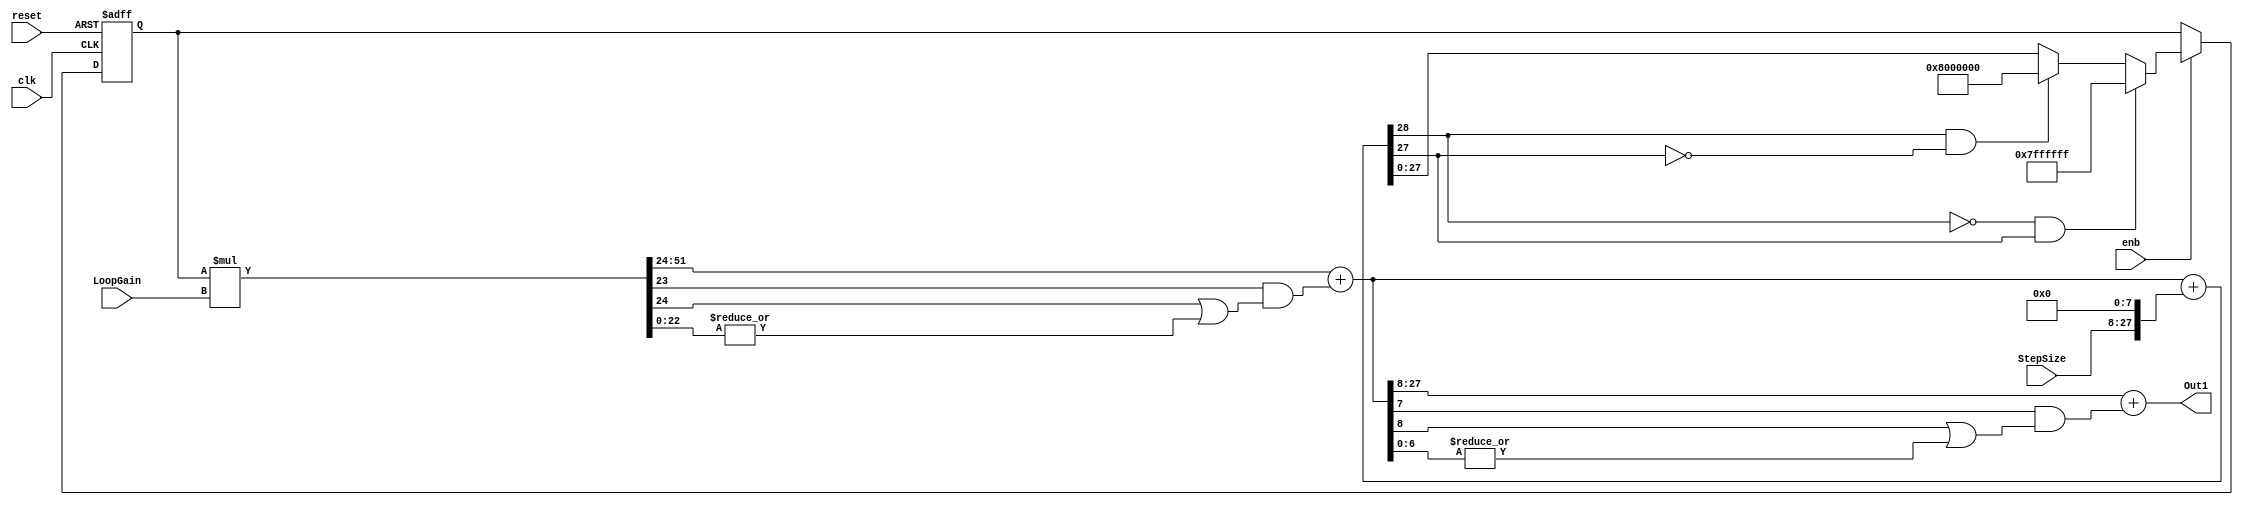
// -------------------------------------------------------------
// 
// 
// Generated by MATLAB 9.11 and HDL Coder 3.19
// 
// -------------------------------------------------------------


// -------------------------------------------------------------
// 
// Module: Integrator_gain_0_99_block
// Source Path: adpcm_precision_study/ADPCM_ECD/adpcm encoder2/ADPCM Decoder/Integrator -- gain = 0.99
// Hierarchy Level: 3
// 
// -------------------------------------------------------------

`timescale 1 ns / 1 ns

module Integrator_gain_0_99_block
          (clk,
           reset,
           enb,
           StepSize,
           LoopGain,
           Out1);


  input   clk;
  input   reset;
  input   enb;
  input   signed [19:0] StepSize;  // sfix20_En16
  input   signed [27:0] LoopGain;  // sfix28_En24
  output  signed [19:0] Out1;  // sfix20_En16


  wire signed [27:0] Data_Type_Conversion_out1;  // sfix28_En24
  wire signed [27:0] Product_out1;  // sfix28_En24
  wire signed [28:0] Sum2_add_cast;  // sfix29_En24
  wire signed [28:0] Sum2_add_cast_1;  // sfix29_En24
  wire signed [28:0] Sum2_add_temp;  // sfix29_En24
  wire signed [27:0] Sum2_out1;  // sfix28_En24
  reg signed [27:0] Delay_out1;  // sfix28_En24
  wire signed [55:0] Product_mul_temp;  // sfix56_En48
  wire signed [19:0] Data_Type_Conversion1_out1;  // sfix20_En16


  assign Data_Type_Conversion_out1 = {StepSize, 8'b00000000};



  assign Sum2_add_cast = {Product_out1[27], Product_out1};
  assign Sum2_add_cast_1 = {Data_Type_Conversion_out1[27], Data_Type_Conversion_out1};
  assign Sum2_add_temp = Sum2_add_cast + Sum2_add_cast_1;
  assign Sum2_out1 = ((Sum2_add_temp[28] == 1'b0) && (Sum2_add_temp[27] != 1'b0) ? 28'sb0111111111111111111111111111 :
              ((Sum2_add_temp[28] == 1'b1) && (Sum2_add_temp[27] != 1'b1) ? 28'sb1000000000000000000000000000 :
              $signed(Sum2_add_temp[27:0])));



  always @(posedge clk or posedge reset)
    begin : Delay_process
      if (reset == 1'b1) begin
        Delay_out1 <= 28'sb0000000000000000000000000000;
      end
      else begin
        if (enb) begin
          Delay_out1 <= Sum2_out1;
        end
      end
    end



  assign Product_mul_temp = Delay_out1 * LoopGain;
  assign Product_out1 = Product_mul_temp[51:24] + $signed({1'b0, Product_mul_temp[23] & (Product_mul_temp[24] | (|Product_mul_temp[22:0]))});



  assign Data_Type_Conversion1_out1 = Product_out1[27:8] + $signed({1'b0, Product_out1[7] & (Product_out1[8] | (|Product_out1[6:0]))});



  assign Out1 = Data_Type_Conversion1_out1;

endmodule  // Integrator_gain_0_99_block